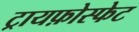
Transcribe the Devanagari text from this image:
ट्रायफ़ोस्फेट